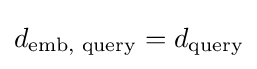
d_{\text{emb, query}}=d_{\text{query}}